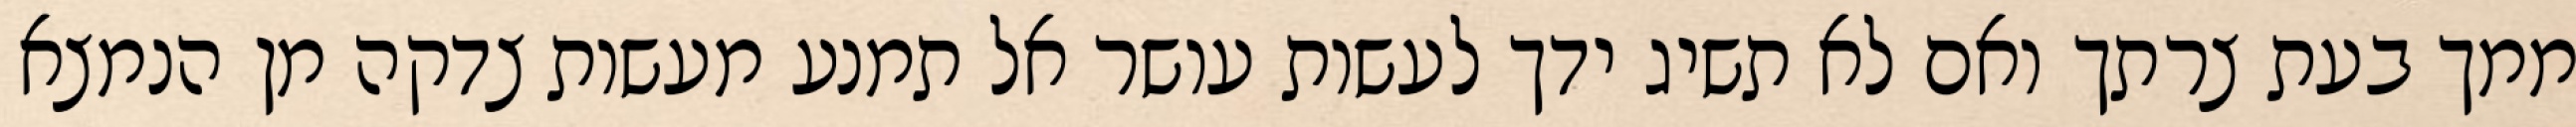
ממך בעת צרתך ואם לא תשיג ידך לעשות עושר אל תמנע מעשות צדקה מן הנמצא